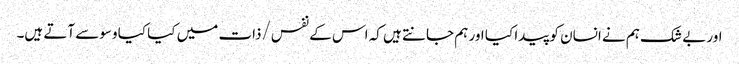
اور بے شک ہم نے انسان کو پیدا کیا اور ہم جانتے ہیں کہ اس کے نفس/ذات میں کیا کیا وسوسے آتے ہیں۔